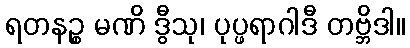
ရတနဉ္စ မဏိ ဒွီသု၊ ပုပ္ဖရာဂါဒီ တဗ္ဘိဒါ။